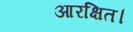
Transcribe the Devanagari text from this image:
आरक्षित।